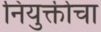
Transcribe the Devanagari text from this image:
नियुक्तीचा